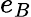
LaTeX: e_{B}